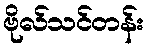
ဗိုလ်သင်တန်း